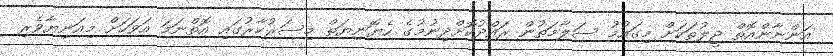
އަންނާންއޮތް ޖީލުތަކަށް މިގައުމު ސަލާމަތުން ރައްދުކޮށްދިނުމުގެ ހެޔޮނިޔަތް މިސަރުކާރުގައި އޮތްނަމަ އަވަހަށް މިއަނިޔާވެރި